Vital statistics of India. Vol. VI, European troops 1870-79
Year: 1870
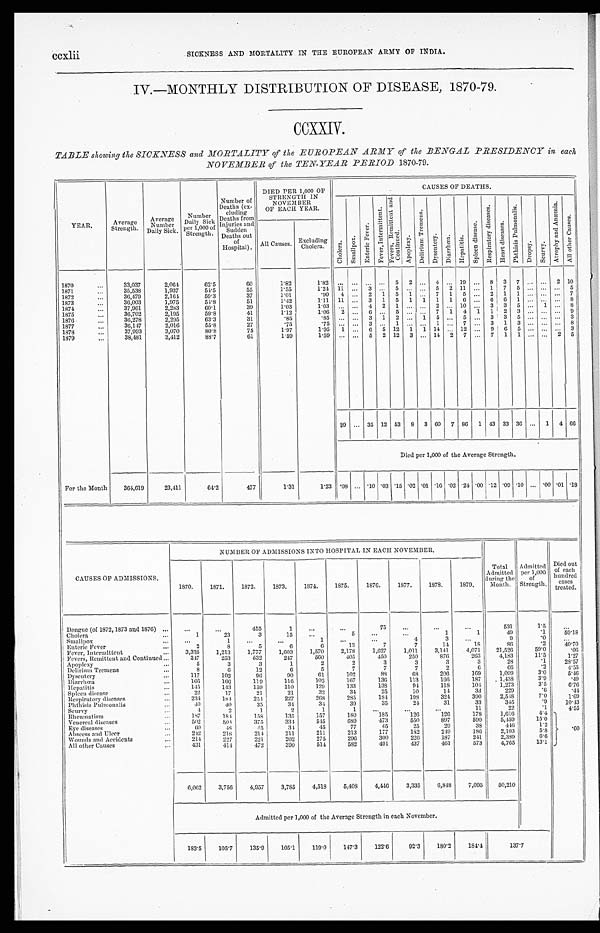
ccxlii SICKNESS AND MORTALITY IN THE EUROPEAN ARMY OF INDIA.
IV.—MONTHLY DISTRIBUTION OF DISEASE, 1870-79.
CCXXIV.
TABLE showing the SICKNESS and MORTALITY of the EUROPEAN ARMY of the BENGAL PRESIDENCY in each
NOVEMBER of the TEN-YEAR PERIOD 1870-79.
YEAR.
Average
Strength.
A v e r a g e N u m b e r
Daily Sick.
Number
Daily Sick
per 1,000 of
Strength.
Number of
Deaths (ex-
eluding
Deaths from
Injuries and
Sudden
Deaths out
o f
Hospital).
DIED PER 1,000 OF
STRENGTH IN
NOVEMBER
OF EACH YEAR.
CAUSES OF DEATHS.
C h o l e r a .
S m a l l p o x .
Enteric Fever.
F e v e r , I n t e r m i t t e n t .
F e v e r s , R e m i t t e n t a n d C o n t i n u e d .
Apopl exy.
D e l i r i u m T r e m e n s .
D y s e n t e r y . D i a r r h œ a .
H e p a t i t i s .
S p l e e n d i s e a s e .
R e s p i r a t o r y d i s e a s e s .
H e a r t d i s e a s e s .
P h t h i s i s P u l m o n a l i s .
D r o p s y .
S c u r v y .
A t r o p h y a n d A n æ m i a .
Al l o t h e r Ca u s e s .
All Causes. Excluding
Cholera.
1870
...
33,037
2,064
62.5
60
1.82
1.82
...
...
...
...
5
2
...
4
...
19
...
8
3
7
. . . ...
2
10
1871
35,538
1,937
54.5
55
1.55
1.24 11
...
3 ...
5 ...
. . .
5
2
11
...
1
7
5
...
...
...
5
1872
...
36,479
2,164
59.3
37
1.01
.90
4
...
2
1
5
1
. . . 7
1
5
...
2
1
1 ...
...
...
7
1873
...
36,003
1,975
54.8
51
1.42
1.11
11
...
3
1
5
1
1
1
1
6
...
6
6
1
...
... ...
8
1874
...
37,961
2,283
60.1
39
1.03
1.03
...
. . .
4
2
1 ...
. . . 2
...
10
...
3 3
5
. . .
1 ...
8
1875
...
36,702
2,195
59.8
41
1.12
1.06
2
...
6
...
5
...
...
7
1
4
1
1
2
3 5 ...
... ...
9
1876
36,278
2,295
63.3
31
.85
.85
...
...
3
1
2
...
1
5
...
5
...
3
3
5
. . .
. . .
. . .3
1877
...
36,147
2,016
55.8
27
.75
.75
...
...
3
...
1 ...
...
1
. . .
7
. . .
3
1
3
. . .
. . .
. . .8
1878
...
37,993
3,070
80.8
75
1.97
1.95
1
...
6
5
12
1
1
14
...
12
...
9
6
5
... ...
...
3
1879
...
38,481
3,412
83.7
61
1.59
1.59
...
...
5
2
12
3
...
14
2
7
...
7
1
1
. . . ...
2
5
29
...
35
12
53
8
3
60
7
86
1
43
33
36 ...
1
4
66
Died per 1,000 of the Average Strength.
For the Month
364,619
23,411
64.2
477
1.31
1.23 .08
. . .
.10 .03 .15 .02 .01 .16 .02 .24 .00 .12 .09 .10 ... .00 .01 .18
NUMBER OF ADMISSIONS INTO HOSPITAL IN EACH NOVEMBER.
Total
Admitted
during the
Month.
Admitted
per 1,000
of
Strength.
Died out
of e a c h h u n d r e d c a
s e s
treated.
CAUSES OF ADMISSIONS.
1870.
1871.
1872.
1873.
1874.
1875.
1876.
1877.
1878.
1879.
Dengue (of 1872, 1873 and 1876)
...
...
...
455
1
...
. . .
75
...
...
...
531
1 . 5
. . .
Cholera
...
1
23
3
15
...
5
...
...
1
1
49
.1
59.18
Smallpox
. . .
...
1
...
...
1
...
...
4
3
...
9
. 0
. . .
Enteric Fever
...
2
8
5
6
6
13
7
7
14
18
8 6
.2
40.70
Fever, Intermittent
. . .
3,335
1,213
1,777
1,603
1,570
2,178
1,627
1,011
3,141
4,071
21,526
59.0
.06
Fevers, Remittent and Continued ...
347
253
532
247
560
405
450
250
876
263
4,183
11.5
1.27
Apoplexy
...
5
3
3
1
2
2
3
3
3
3
28
.1
28.57
Delirium Tremens
...
8
6
12
6
5
7
7
7
2
6
66
.2
4.55
Dysentery
. . .
117
102
96
90
61
102
88
68
206
169
1,099
3.0
5.46
Diarrhœa
...
166
166
119
116
102
167
136
113
166
187
1,438
3.9
.49
Hepatitis
. . .
145
143
159
110
129
133
138
94
118
104
1,273
3.5
6.76
Spleen disease
. . .
22
17
21
21
32
34
25
10
14
33
229
.6
44
Respiratory diseases
...
234
184
254
227
268
285
184
198
324
390
2,548
7.0
1.69
Phthisis Pulmonalis
. . .
40
40
35
34
34
39
35
24
31
33
345
.9
10.43
Scurvy
. . .
4
2
1
2
1
1
...
...
...
11
22
.1
4.55
Rheumatism
...
187
184
158
135
157
180
185
126
126
178
1,616
4.4
6 0
Venereal diseases
...
502
504
375
334
545
689
473
550
897
590
5,459
15.0
Eye diseases
...
60
48
45
34
45
77
45
25
29
38
4 4 6
1.2
Abscess and Ulcer
. . .
242
218
214
211
211
213
177
182
249
186
2,103
5.8
Wounds and Accidents
. . .
214
227
221
202
275
296
300
226
187
241
2,389
6.6
All other Causes
. . .
431
414
472
390
514
582
491
437
461
573
4,765
13.1
6,062
3,756
4,957
3,785
4,518
5,408
4,446
3,335
6,848
7,095
50,210
Admitted per 1,000 of the Average Strength in each November.
183.5
105.7
135.9
105.1
119.0
147.3
122.6
92.3
180.2
184.4
137.7